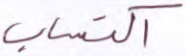
اكتساب